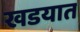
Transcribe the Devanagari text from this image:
खडयात